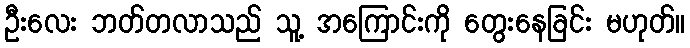
ဦးလေး ဘတ်တလာသည် သူ့ အကြောင်းကို တွေးနေခြင်း မဟုတ်။